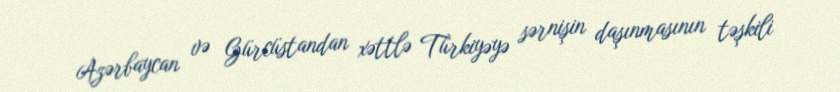
Azərbaycan və Gürcüstandan xəttlə Türkiyəyə sərnişin daşınmasının təşkili